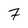
Character: 7